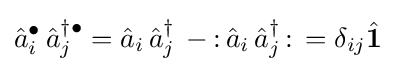
{\hat {a}}_{i}^{\bullet }\,{\hat {a}}_{j}^{\dagger \bullet }={\hat {a}}_{i}\,{\hat {a}}_{j}^{\dagger }\,-{\mathopen {:}}\,{\hat {a}}_{i}\,{\hat {a}}_{j}^{\dagger }\,{\mathclose {:}}\,=\delta _{ij}{\hat {\mathbf {1} }}